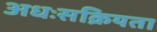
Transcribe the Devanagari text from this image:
अधःसक्रियता